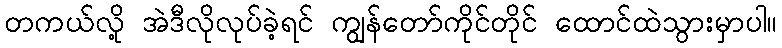
တကယ်လို့ အဲဒီလိုလုပ်ခဲ့ရင် ကျွန်တော်ကိုင်တိုင် ထောင်ထဲသွားမှာပါ။